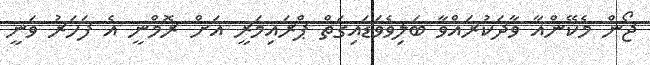
ޖޯން މެކޭންއާ ވާދަކުރައްވާ ބަލިވެވަޑައިގަތް ޕްރައިމަރީ އަށް ރޮމްނީ އެ ފަހަރު ވަނީ